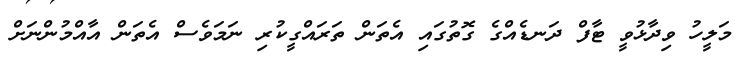
މަލީހު ވިދާޅުވީ ޓާފް ދަނޑެއްގެ ގޮތުގައި އެތަން ތަރައްގީކުރި ނަމަވެސް އެތަން އާއްމުންނަށް